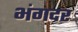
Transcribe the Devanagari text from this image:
भंगदर